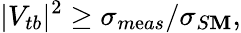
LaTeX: |V_{tb}|^{2}\ge\sigma_{m\mathrm{e}as}/\sigma_{S\mathbf{M}},